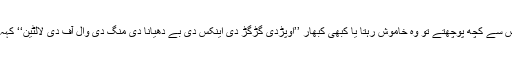
وہ اس سے کچھ پوچھتے تو وہ خاموش رہتا یا کبھی کبھار ’’اوپڑدی گڑگڑ دی اینکس دی بے دھیانا دی منگ دی وال آف دی لالٹین‘‘ کہہ دیتا۔